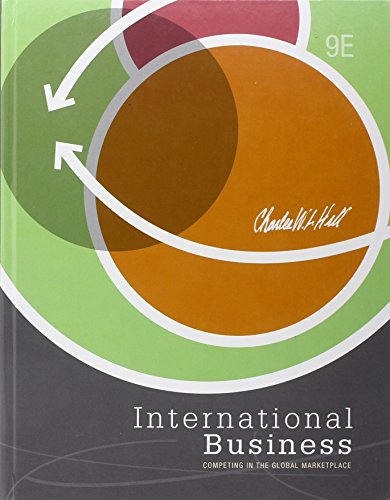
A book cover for International Business; Charles W. L. Hill; Business & Money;